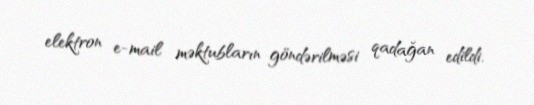
elektron e-mail məktubların göndərilməsi qadağan edildi.